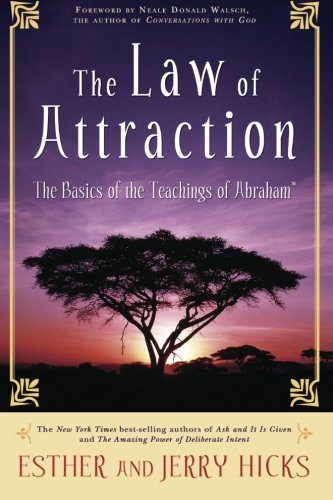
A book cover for The Law of Attraction: The Basics of the Teachings of Abraham; Esther Hicks; Self-Help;